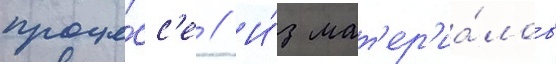
проце́сс'е // И́з мат'ер'иа́лов